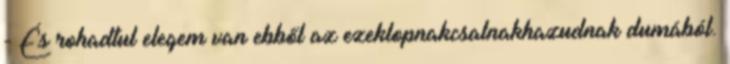
- És rohadtul elegem van ebből az ezeklopnakcsalnakhazudnak dumából.